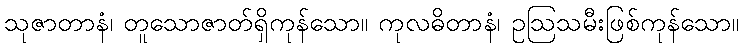
သုဇာတာနံ၊ တူသောဇာတ်ရှိကုန်သော။ ကုလဓိတာနံ၊ ဥဩသမီးဖြစ်ကုန်သော။